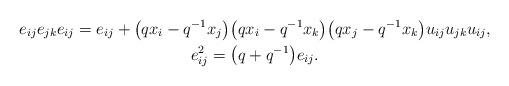
LaTeX: \begin{gather*} e_{ij} e_{jk} e_{ij} = e_{ij}+\big(q x_i-q^{-1} x_j\big)\big(q x_i - q^{-1} x_k\big)\big(q x_j -q^{-1} x_k\big) u_{ij} u_{jk} u_{ij},\\ e_{ij}^2= \big(q+q^{-1}\big)e_{ij}. \end{gather*}